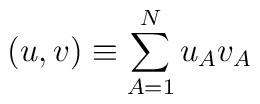
(u, v) \equiv \sum_{A=1}^{N} u_{A} v_{A}